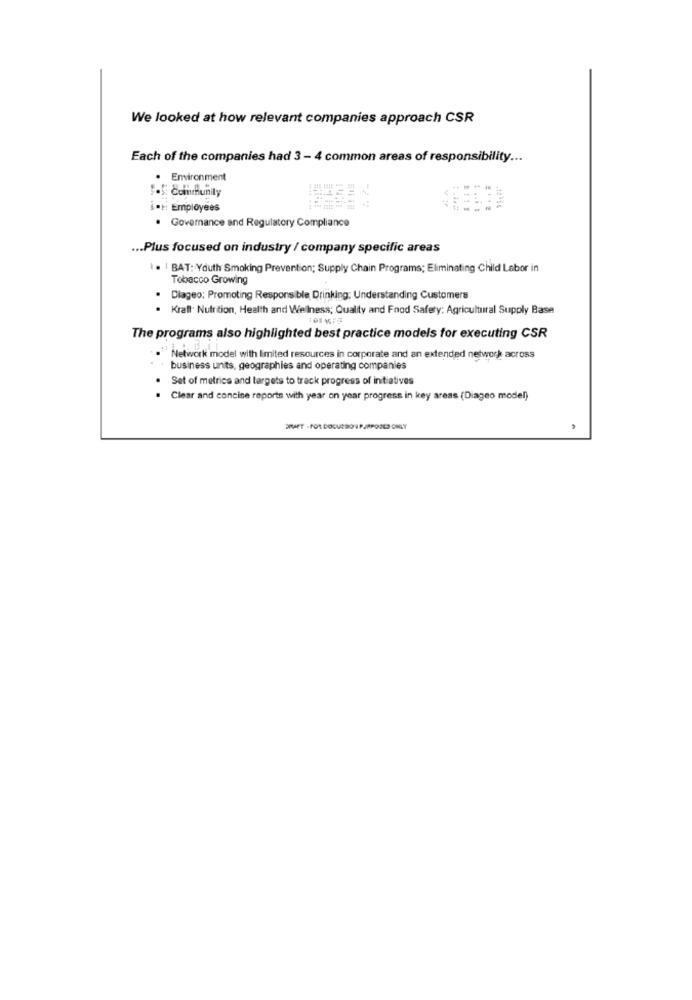
We looked at how relevant companies approach CSR
Each of the companies had 3 - 4 common areas of responsibility ...
. Environment
.S: Community
** Employees
. Governance and Regulatory Compliance
... Plus focused on industry / company specific areas
. | BAT: Youth Smoking Prevention; Supply Chain Programs; Eliminating Child Labor in
Tobacco Growing
. Diageo: Promoting Responsible Drinking; Understanding Customers
Krall Nutrition, Health and Wellness; Quality and Food Safety: Agricultural Supply Base
The programs also highlighted best practice models for executing CSR
Network model with limited resources in corporate and an extended network across
business units, geographies and operating companies
Set of metrics and targets to track progress of initiatives
. Clear and concise reports with year on year progress in key areas (Diageo model)
ERAET - FOR DOCURSO 1 PJRPOOLS ONLY